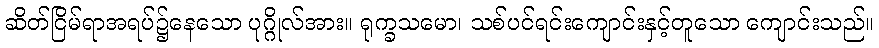
ဆိတ်ငြိမ်ရာအရပ်၌နေသော ပုဂ္ဂိုလ်အား။ ရုက္ခသမော၊ သစ်ပင်ရင်းကျောင်းနှင့်တူသော ကျောင်းသည်။